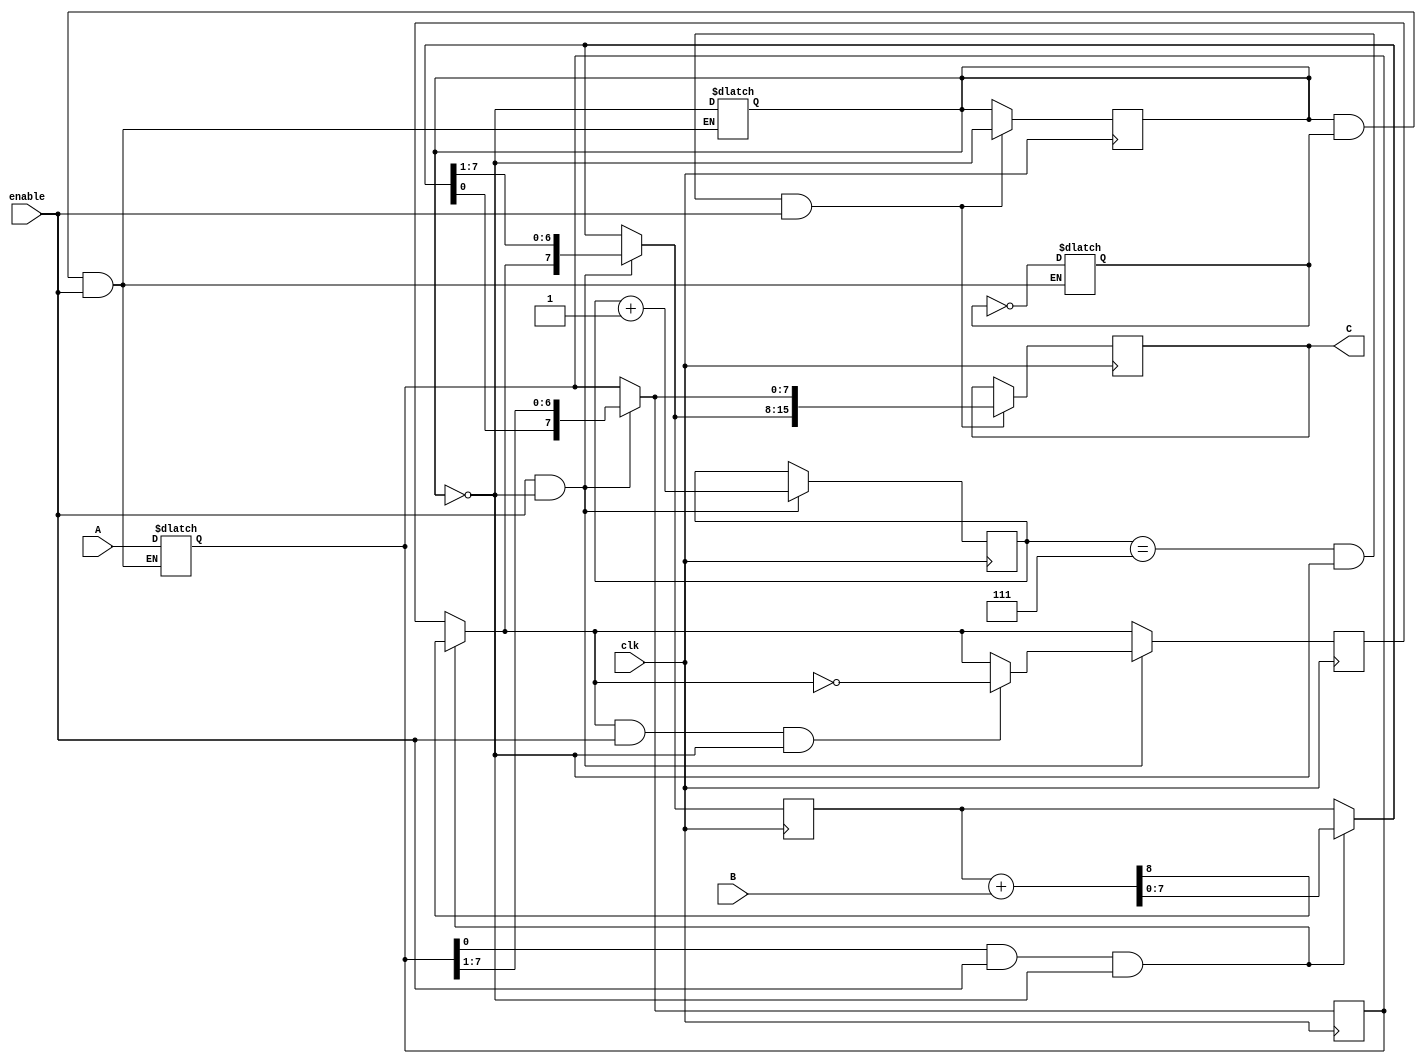
`timescale 1ns / 1ps
//////////////////////////////////////////////////////////////////////////////////
// Company: 
// Engineer: 
// 
// Design Name: 
// Module Name: SeqMultiplier
// Project Name: 
// Target Devices: 
// Tool Versions: 
// Description: 
// 
// Dependencies: 
// 
// Revision:
// Revision 0.01 - File Created
// Additional Comments:
// 
//////////////////////////////////////////////////////////////////////////////////


module SeqMultiplier(
    input wire clk,
    input wire enable,
    input wire [7:0] A,
    input wire [7:0] B,
    output wire [15:0] C
    );
    
    reg [3:0]counter=4'b0000;
    reg [7:0]q=8'b00000000;
    reg [7:0]a=8'b00000000;
    reg c=1'b0;
    reg e=1'b1;
    reg f=1'b1;
    reg [15:0]Ans=16'b0000000000000000;
    
    always@(*)begin
    if(e&&f&&enable)begin
    q=A;
    e=!e;
    f=!f;
    end end
    
    always@(posedge clk)begin
    if(q[0]&&enable&&!e)
    {c,a}=a+B;
    if(enable&&!e)begin
    q={a[0],q[7:1]};
    a={c,a[7:1]};
    if(c&&enable&&!e)begin
    c=!c; end
    counter<=counter+4'b0001;
    end
    if((counter[3:0]==4'b0111)&&!e&&enable)begin
    Ans={a[7:0],q[7:0]};
    e=!e;
    end
    end
    
    assign  C=Ans;

endmodule